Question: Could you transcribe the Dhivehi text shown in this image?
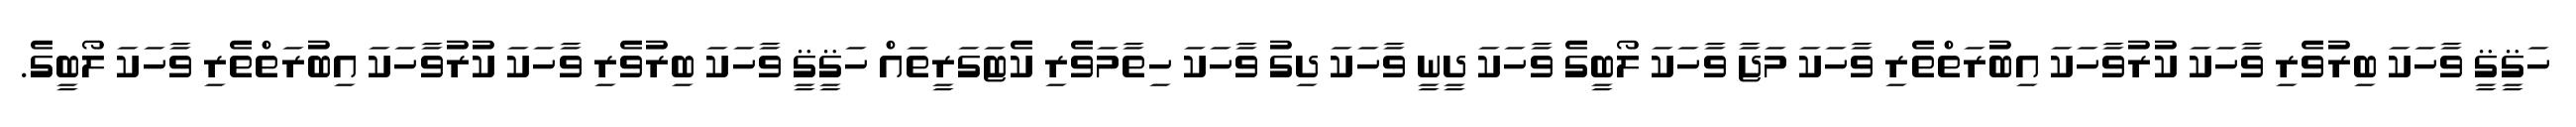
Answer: ހަޤީޤީ ވާހަކަ ބިރުވެރި ވާހަކަ ކުރުވާހަކަ އިބުރަތްތެރި ވާހަކަ މަޖާ ވާހަކަ ލޯބީގެ ވާހަކަ ދީނީ ވާހަކަ ދިގު ވާހަކަ ހިތާމަވެރި ކެޓަގަރީތައް ހަޤީޤީ ވާހަކަ ބިރުވެރި ވާހަކަ ކުރުވާހަކަ އިބުރަތްތެރި ވާހަކަ ލޯބީގެ.